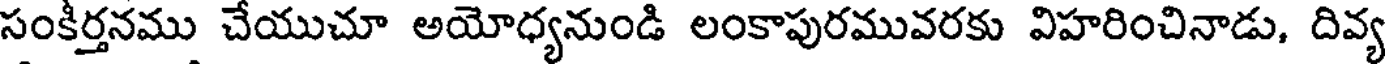
సంకిర్తనము చేయుచూ అయోధ్యనుండి లంకాపురమువరకు విహరించినాడు, దివ్య